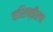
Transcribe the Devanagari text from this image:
वाशिष्ठीला